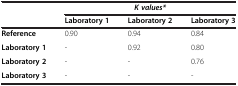
<table><thead><tr><td><b> </b></td><td colspan="3"><b><i>K values*</i></b></td></tr><tr><td><b> </b></td><td><b>Laboratory 1</b></td><td><b>Laboratory 2</b></td><td><b>Laboratory 3</b></td></tr></thead><tbody><tr><td><b>Reference</b></td><td>0.90</td><td>0.94</td><td>0.84</td></tr><tr><td><b>Laboratory 1</b></td><td>-</td><td>0.92</td><td>0.80</td></tr><tr><td><b>Laboratory 2</b></td><td>-</td><td>-</td><td>0.76</td></tr><tr><td><b>Laboratory 3</b></td><td>-</td><td>-</td><td>-</td></tr></tbody></table>